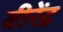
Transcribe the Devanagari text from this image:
बीरेंद्र